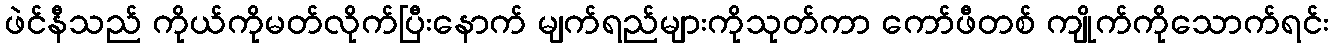
ဖဲင်နီသည် ကိုယ်ကိုမတ်လိုက်ပြီးနောက် မျက်ရည်များကိုသုတ်ကာ ကော်ဖီတစ် ကျိုက်ကိုသောက်ရင်း